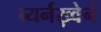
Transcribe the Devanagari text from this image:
ब्यर्नख़्वेर्ने